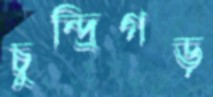
চুন্দ্রিগড়